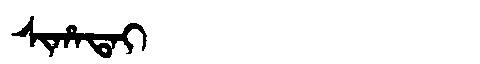
Manchu: ᠰᡳᡥᠠᡨᠠᡳ
Romanization: SIHATAI